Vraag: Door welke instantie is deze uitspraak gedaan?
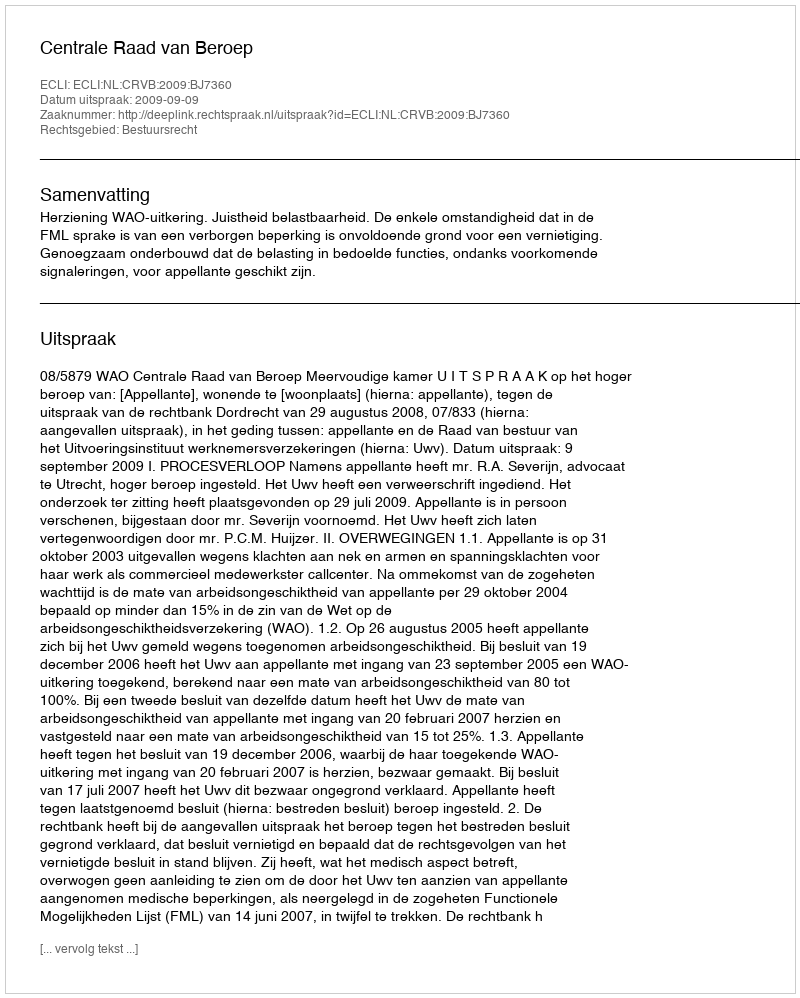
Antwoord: Centrale Raad van Beroep